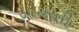
ખાચરની